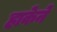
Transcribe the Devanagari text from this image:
हाकेने